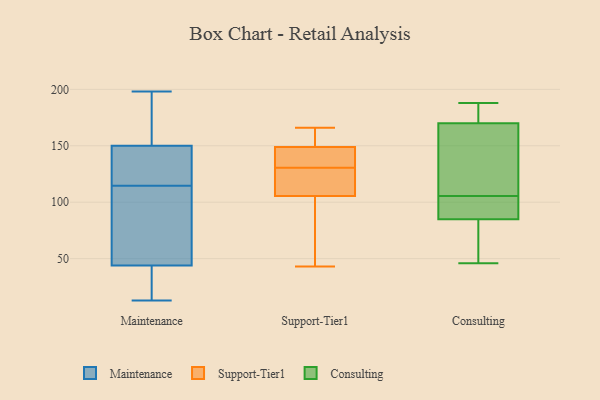
{"axis": {"x": "Demand Index", "y": "Value"}, "legend": ["Consulting", "Maintenance", "Support-Tier1"], "data": [{"x": "", "y": 198, "type": "Maintenance"}, {"x": "", "y": 144, "type": "Maintenance"}, {"x": "", "y": 150, "type": "Maintenance"}, {"x": "", "y": 14, "type": "Maintenance"}, {"x": "", "y": 54, "type": "Maintenance"}, {"x": "", "y": 16, "type": "Maintenance"}, {"x": "", "y": 179, "type": "Maintenance"}, {"x": "", "y": 159, "type": "Maintenance"}, {"x": "", "y": 136, "type": "Maintenance"}, {"x": "", "y": 120, "type": "Maintenance"}, {"x": "", "y": 95, "type": "Maintenance"}, {"x": "", "y": 105, "type": "Maintenance"}, {"x": "", "y": 156, "type": "Maintenance"}, {"x": "", "y": 109, "type": "Maintenance"}, {"x": "", "y": 128, "type": "Maintenance"}, {"x": "", "y": 44, "type": "Maintenance"}, {"x": "", "y": 13, "type": "Maintenance"}, {"x": "", "y": 25, "type": "Maintenance"}, {"x": "", "y": 130, "type": "Support-Tier1"}, {"x": "", "y": 140, "type": "Support-Tier1"}, {"x": "", "y": 44, "type": "Support-Tier1"}, {"x": "", "y": 147, "type": "Support-Tier1"}, {"x": "", "y": 129, "type": "Support-Tier1"}, {"x": "", "y": 166, "type": "Support-Tier1"}, {"x": "", "y": 166, "type": "Support-Tier1"}, {"x": "", "y": 135, "type": "Support-Tier1"}, {"x": "", "y": 74, "type": "Support-Tier1"}, {"x": "", "y": 104, "type": "Support-Tier1"}, {"x": "", "y": 151, "type": "Support-Tier1"}, {"x": "", "y": 163, "type": "Support-Tier1"}, {"x": "", "y": 107, "type": "Support-Tier1"}, {"x": "", "y": 131, "type": "Support-Tier1"}, {"x": "", "y": 43, "type": "Support-Tier1"}, {"x": "", "y": 109, "type": "Support-Tier1"}, {"x": "", "y": 101, "type": "Consulting"}, {"x": "", "y": 46, "type": "Consulting"}, {"x": "", "y": 59, "type": "Consulting"}, {"x": "", "y": 170, "type": "Consulting"}, {"x": "", "y": 87, "type": "Consulting"}, {"x": "", "y": 188, "type": "Consulting"}, {"x": "", "y": 180, "type": "Consulting"}, {"x": "", "y": 131, "type": "Consulting"}, {"x": "", "y": 85, "type": "Consulting"}, {"x": "", "y": 110, "type": "Consulting"}]}